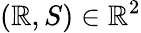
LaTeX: (\mathbb{R},S)\in\mathbb{{\mathbb{R}}}^{2}